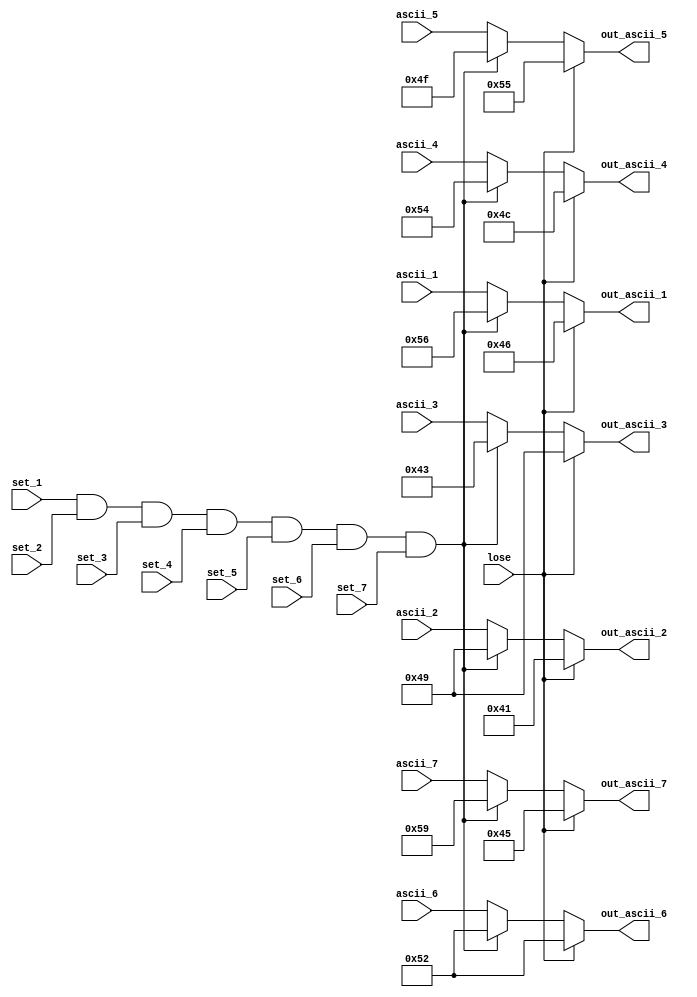
`timescale 1ns / 1ps
//////////////////////////////////////////////////////////////////////////////////
// Company: 
// Engineer: 
// 
// Design Name: 
// Module Name:    final_check 
// Project Name: 
// Target Devices: 
// Tool versions: 
// Description: 
//
// Dependencies: 
//
// Revision: 
// Revision 0.01 - File Created
// Additional Comments: 
//
//////////////////////////////////////////////////////////////////////////////////
module final_check(
		input [6:0] ascii_1,
		input [6:0] ascii_2,
		input [6:0] ascii_3,
		input [6:0] ascii_4,   
		input [6:0] ascii_5,
		input [6:0] ascii_6,
		input [6:0] ascii_7,
		input set_1,
		input set_2,
		input set_3,
		input set_4,
		input set_5,
		input set_6,
		input set_7,
		input lose,
		output reg[6:0] out_ascii_1,
		output reg[6:0] out_ascii_2,
		output reg[6:0] out_ascii_3,
		output reg[6:0] out_ascii_4,   
		output reg[6:0] out_ascii_5,
		output reg[6:0] out_ascii_6,
		output reg[6:0] out_ascii_7
    );
	 
	 always @(*) begin
		if (lose) begin
			out_ascii_1 <= 7'b1000110;
			out_ascii_2 <= 7'b1000001;
			out_ascii_3 <= 7'b1001001;
			out_ascii_4 <= 7'b1001100;
			out_ascii_5 <= 7'b1010101;
			out_ascii_6 <= 7'b1010010;
			out_ascii_7 <= 7'b1000101;
		end
		else if(set_1 == 1 && set_2 == 1 && set_3 == 1 && set_4 == 1 && set_5 == 1 && set_6 == 1 && set_7 == 1) begin
			out_ascii_1 <= 7'b1010110;
			out_ascii_2 <= 7'b1001001;
			out_ascii_3 <= 7'b1000011;
			out_ascii_4 <= 7'b1010100;
			out_ascii_5 <= 7'b1001111;
			out_ascii_6 <= 7'b1010010;
			out_ascii_7 <= 7'b1011001;
		end
		else begin
			out_ascii_1 <= ascii_1;
			out_ascii_2 <= ascii_2;
			out_ascii_3 <= ascii_3;
			out_ascii_4 <= ascii_4;
			out_ascii_5 <= ascii_5;
			out_ascii_6 <= ascii_6;
			out_ascii_7 <= ascii_7;
		end
	 end


endmodule